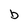
Character: b